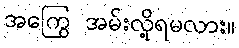
အကြွေ အမ်းလို့ရမလား။